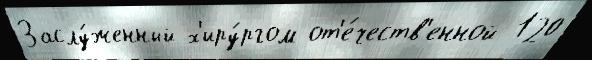
Заслу́женный х'иру́ргом от'е́честв'енной 120